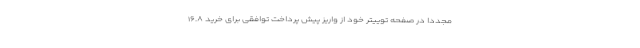
مجددا در صفحه توییتر خود از واریز پیش پرداخت توافقی برای خرید ۱۶.۸